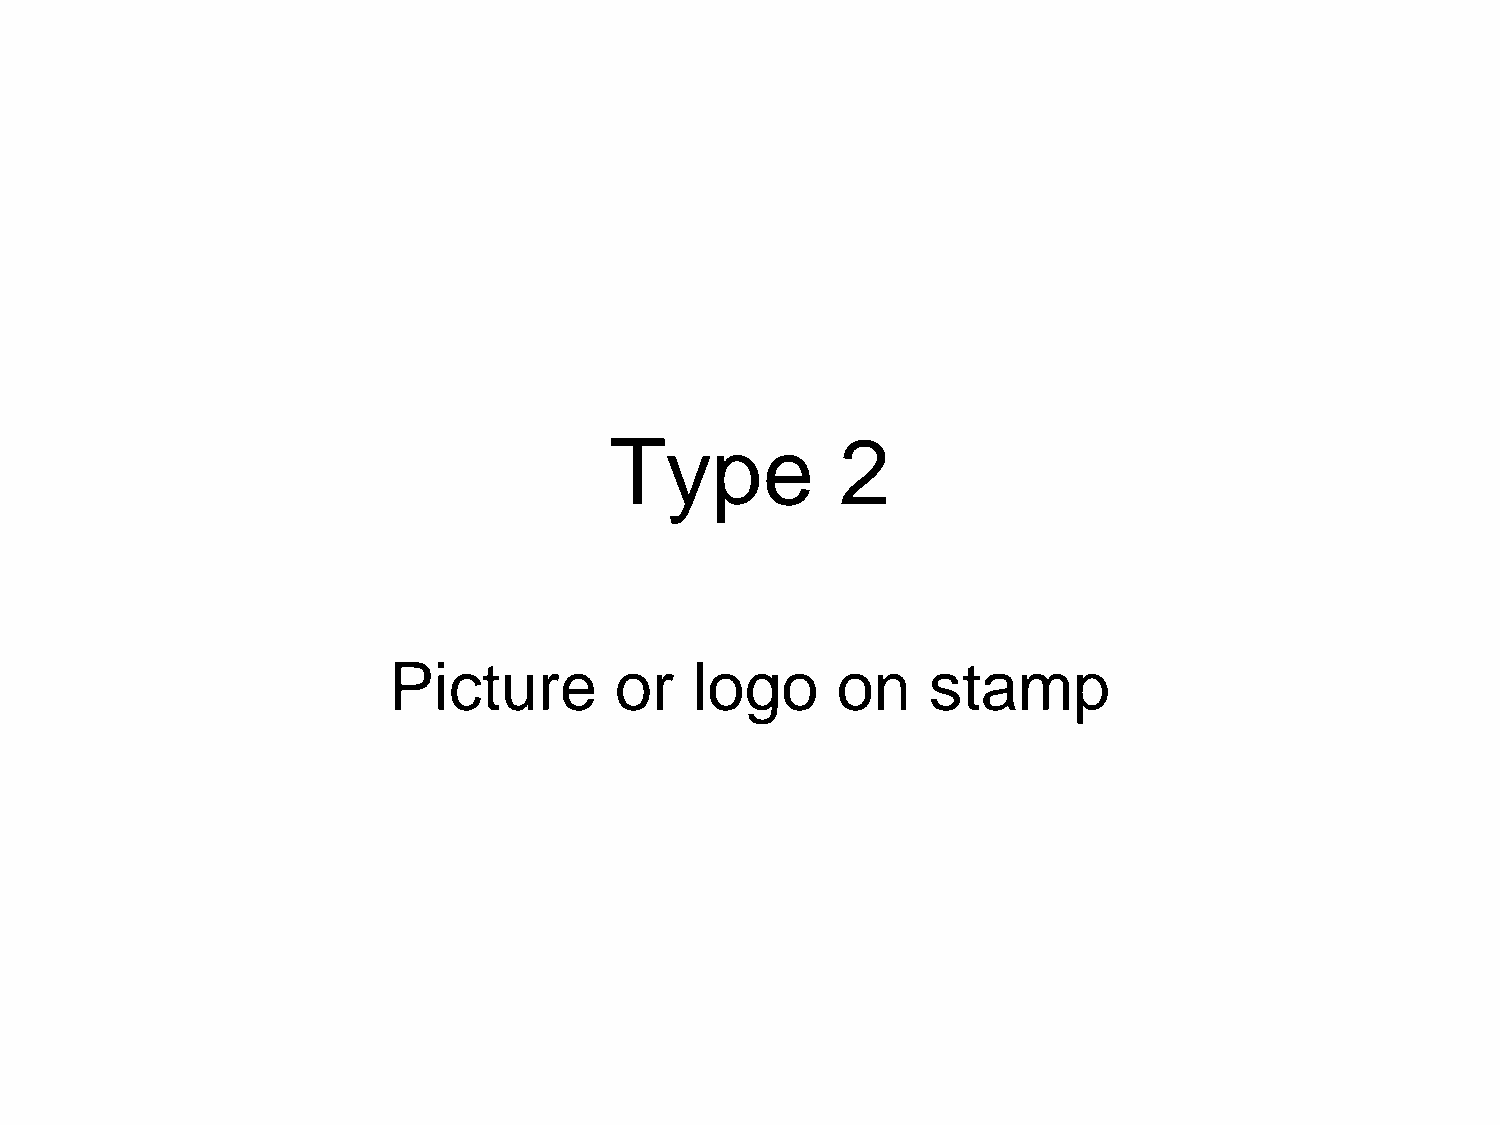
Type            2
 Picture        or   logo     on    stamp